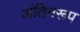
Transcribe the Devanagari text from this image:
अंतिमरूप